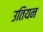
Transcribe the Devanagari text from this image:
उतियन